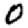
Digit: 0